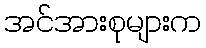
အင်အားစုများက